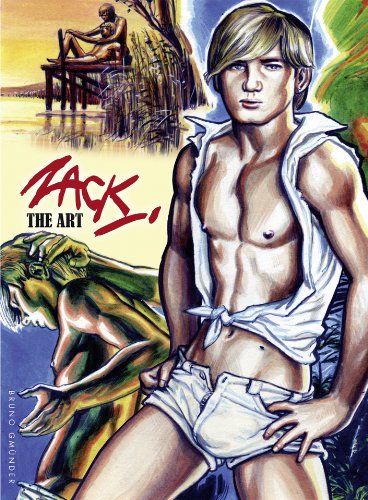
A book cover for Zack - the Art; Zack; Comics & Graphic Novels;